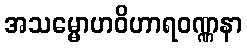
အသမ္မောဟဝိဟာရဝဏ္ဏနာ